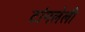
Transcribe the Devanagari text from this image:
टांगलेली